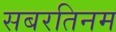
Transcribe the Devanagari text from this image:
सबरतिनम